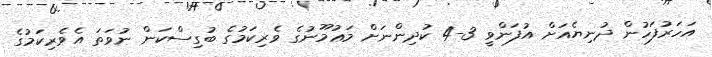
އަހަރުފަހުން ދުނިޔެއަށް އުފަންވީ 3-4 ކުދިންނަށް މަޢުމޫނުގެ ވެރިކަމުގެ ބުގިސްކަން ނުވަތަ އެވެރިކަމުގެ